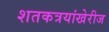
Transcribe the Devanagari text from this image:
शतकत्रयांखेरीज